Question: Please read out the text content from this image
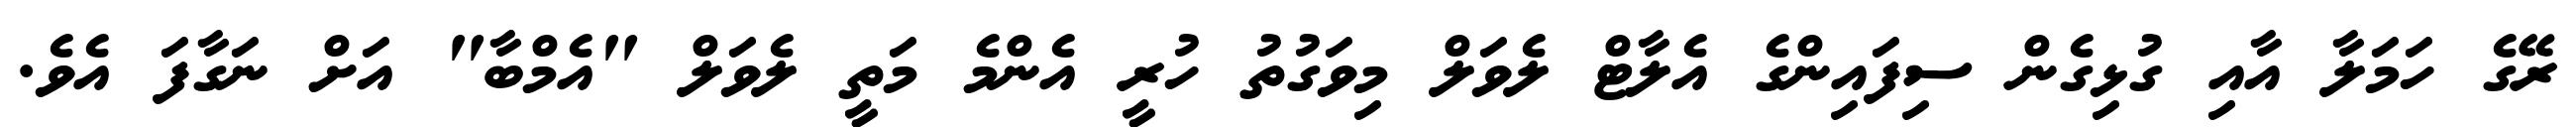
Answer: ރޭގެ ހަމަލާ އާއި ގުޅިގެން ސިފައިންގެ އެލާޓް ލެވަލް މިވަގުތު ހުރީ އެންމެ މަތީ ލެވަލް "އެމްބާ" އަށް ނަގާފަ އެވެ.